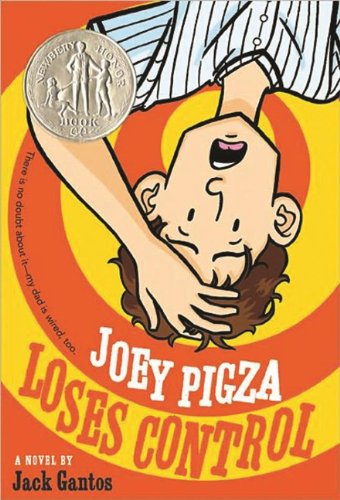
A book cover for Joey Pigza Loses Control (Turtleback School & Library Binding Edition) (Joey Pigza Books); Jack Gantos; Health, Fitness & Dieting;